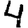
Digit: 4